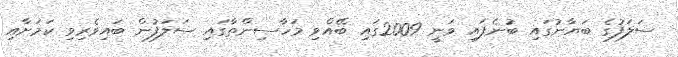
ސަލަފުގެ ބަޔާނުގައި ބުނެފައި ވަނީ 2009ގައި ބޭއްވި މަހާސިންތާގައި ސަލަފުން ބައިވެރިވި ކަމަށާއި